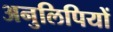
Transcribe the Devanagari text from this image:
अनुलिपियों